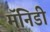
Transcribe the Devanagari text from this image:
मॅनिडी